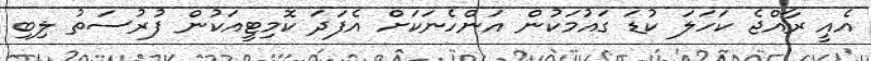
އެއީ ރާއްޖެ ކަހަލަ ކުޑަ ގައުމަކުން އަންހެނަކަށް އެފަދަ ކޮމިޓީއަކުން ފުރުސަތު ލިބި